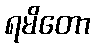
ရမိတော